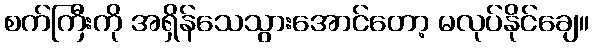
စက်ကြီးကို အရှိန်သေသွားအောင်တော့ မလုပ်နိုင်ချေ။